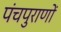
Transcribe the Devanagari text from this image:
पंचपुराणों